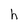
Character: h